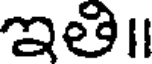
ఇతి॥